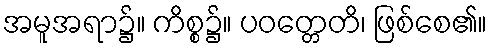
အမူအရာ၌။ ကိစ္စ၌။ ပဝတ္တေတိ၊ ဖြစ်စေ၏။